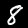
Digit: 8